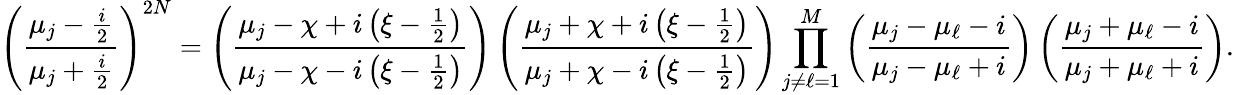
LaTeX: \left(\frac{\mu_{j}-\frac{i}{2}}{\mu_{j}+\frac{i}{2}}\right)^{2N}=\left(\frac{\mu_{j}-\chi+i\left(\xi-\frac{1}{2}\right)}{\mu_{j}-\chi-i\left(\xi-\frac{1}{2}\right)}\right)\left(\frac{\mu_{j}+\chi+i\left(\xi-\frac{1}{2}\right)}{\mu_{j}+\chi-i\left(\xi-\frac{1}{2}\right)}\right)\prod_{j\neq\ell=1}^{M}\left(\frac{\mu_{j}-\mu_{\ell}-i}{\mu_{j}-\mu_{\ell}+i}\right)\left(\frac{\mu_{j}+\mu_{\ell}-i}{\mu_{j}+\mu_{\ell}+i}\right).